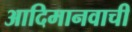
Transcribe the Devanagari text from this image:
आदिमानवाची